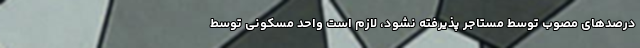
درصدهای مصوب توسط مستاجر پذیرفته نشود، لازم است واحد مسکونی توسط